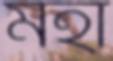
মহা